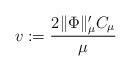
LaTeX: \begin{align*} v:= \frac{2 \lVert \Phi \rVert_\mu' C_\mu}{\mu}\end{align*}